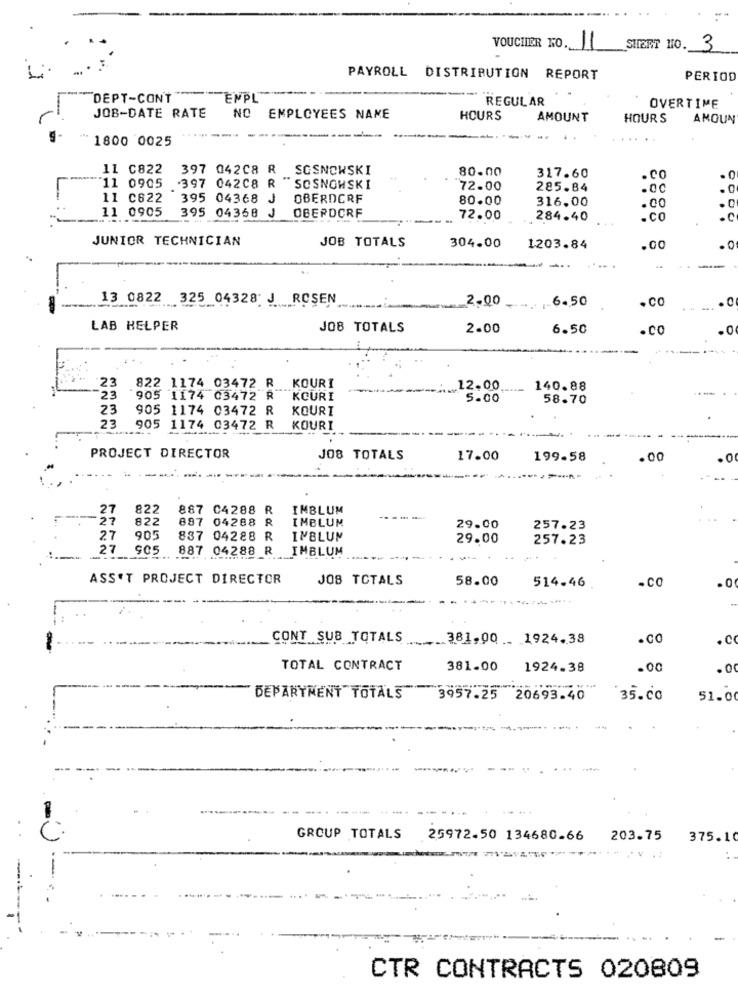
VOUCHIER NO.
SHEET NO.
3
PAYROLL DISTRIBUTION REPORT
PERIOD
DEPT-CON'T
***- ENPL ---.
REGULAR
OVERTIME
JOB-DATE RATE
NO EMPLOYEES NAME
HOURS
AMOUNT
HOURS
AMOUN
-------
1800 0025
11 C822
397 04208 R SOSNOWSKI
80.00
317.60
.CO
11 0905 .397 042C8 R
" SOSNOWSKI
72.00
285.84
.00
11 C622
395 04368
J
OBERDORF
80.00
316.00
11 0905
395 04368
OBEROCRF
.00
. 0
J
72.00
.284.40
.co
.C
JUNIOR TECHNICIAN
JOB TOTALS
304.00
1203.84
.00
.0
-
13 0822 325 04328; J. ROSEN
.- 6.50
.CO
2.00
LAB HELPER
JOB TOTALS
2.00
6.50
.CO
23
822 1174 03472 R KOURI
12.00
140.88
23
905 1174 03472 R KOURI
5.00
58.70
23
905 1174 03472 R
KOURI
23
905 1174 03472 R
--
KOURI
PROJECT DIRECTOR
JO8 TOTALS
17.00
199-58
.00
--------
27
822
887 C4288 R
IMBLUM
27
822
887 04288 R
IMBLUM
29.00
257.23
27
905
837 04288 R
INBLUM
29.00
257.23
27
905
887 04288 R
IMBLUM
--
ASSET PROJECT DIRECTOR
JOB TOTALS
58.00
.CO
514.46
.0
--
CONT SUB TOTALS
.. 381.00 . 1924.38
.CO
.CO
TOTAL CONTRACT
381.00
1924.38
.00
.0
DEPARTMENT TOTALS
3957.25 20693.40
35.co
51.00
....
GROUP TOTALS
25972.50 134680-66
203.75
375.10
CTR CONTRACTS 020809